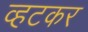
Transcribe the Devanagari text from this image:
व्हटकर